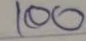
100